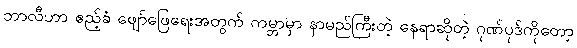
ဘာလီဟာ ဧည့်ခံ ဖျော်ဖြေရေးအတွက် ကမ္ဘာမှာ နာမည်ကြီးတဲ့ နေရာဆိုတဲ့ ဂုဏ်ပုဒ်ကိုတော့